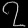
Digit: ၇